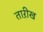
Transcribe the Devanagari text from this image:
ताऱीख